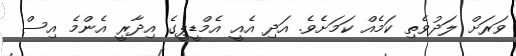
ވަރަށް ލަދުވެތި ކަމެއް ކަމަށެވެ. އަދި އެއީ އެމްޑީޕީގެ އިދާރީ އެންމެ އިސް